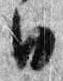
日